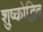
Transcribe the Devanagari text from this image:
शुष्कोद्भिद